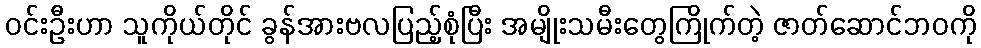
ဝင်းဦးဟာ သူကိုယ်တိုင် ခွန်အားဗလပြည့်စုံပြီး အမျိုးသမီးတွေကြိုက်တဲ့ ဇာတ်ဆောင်ဘဝကို